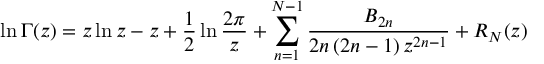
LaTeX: \ln \Gamma ( z ) = z \ln z - z + { \frac { 1 } { 2 } } \ln { \frac { 2 \pi } { z } } + \sum _ { n = 1 } ^ { N - 1 } { \frac { B _ { 2 n } } { 2 n \left( { 2 n - 1 } \right) z ^ { 2 n - 1 } } } + R _ { N } ( z )